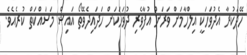
ހޭދަކުރާ އެދުވަހަަކީ އިލްހާމަށް ވަރަށް އުފާވެރި ދުވަހަކަށް ހަދައިދެވޭތޯ އައިޝް މަސައްކަތް ކުރެއެވެ.